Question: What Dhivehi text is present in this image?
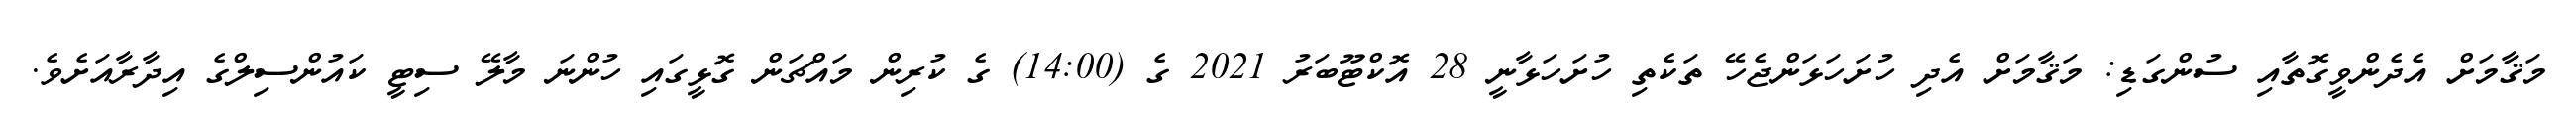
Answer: މަޤާމަށް އެދެންވީގޮތާއި ސުންގަޑި: މަޤާމަށް އެދި ހުށަހަޅަންޖެހޭ ތަކެތި ހުށަހަޅާނީ 28 އޮކްޓޫބަރު 2021 ގެ (14:00) ގެ ކުރިން މައްޗަން ގޮޅީގައި ހުންނަ މާލޭ ސިޓީ ކައުންސިލްގެ އިދާރާއަށެވެ.